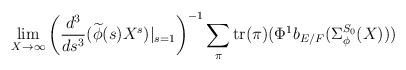
LaTeX: \begin{align*} \lim_{X \to \infty} \left(\frac{d^{3}}{ds^{3}}(\widetilde{\phi}(s)X^s)|_{s=1}\right)^{-1} \sum_{\pi } \mathrm{tr}(\pi)(\Phi^1b_{E/F}(\Sigma_{\phi}^{S_0}(X)))\end{align*}